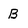
Character: B